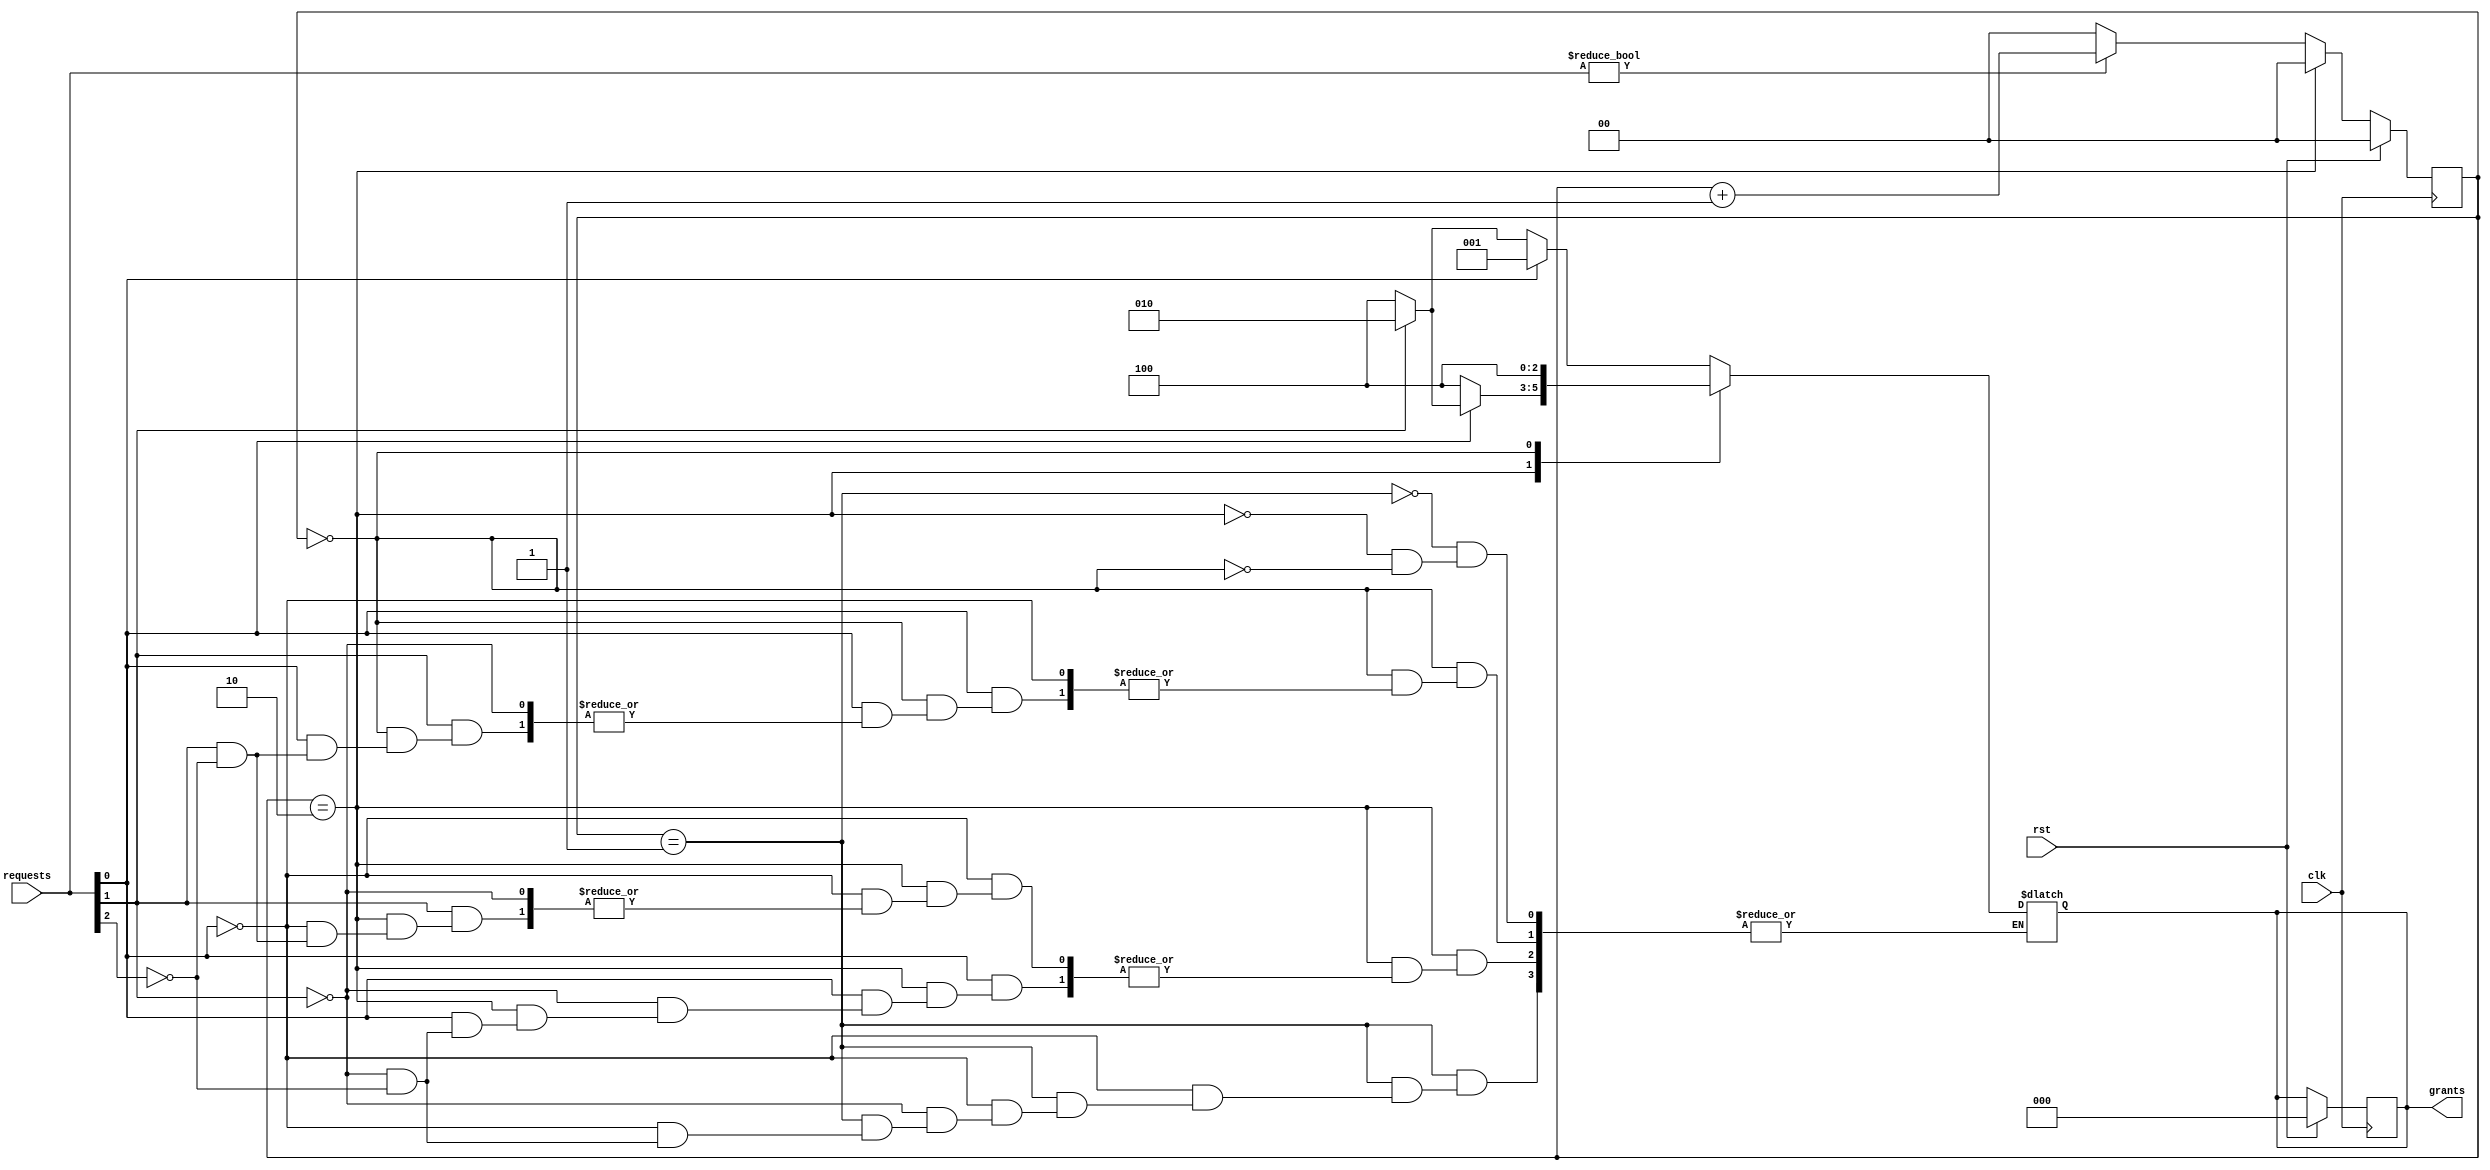
module round_robin_arbiter (
    input clk,
    input rst,
    input [2:0] requests,
    output reg [2:0] grants
);

    reg [1:0] count;

    always @(posedge clk) begin
        if (rst) begin
            grants <= 0;
            count <= 0;
        end
        else begin
            if (count == 2) begin
                count <= 0;
            end
            else begin
                if (requests != 0) begin
                    count <= count + 1;
                end
                else begin
                    count <= 0;
                end
            end
        end
    end

    always @(*) begin
        case (count)
            1: begin
                if (requests[0] == 1) begin
                    grants = 3'b001;
                end
                else if (requests[1] == 1) begin
                    grants = 3'b010;
                end
                else if (requests[2] == 1) begin
                    grants = 3'b100;
                end
            end
            2: begin
                if (requests[0] == 1) begin
                    if (requests[1] == 1) begin
                        grants = 3'b010;
                    end
                    else if (requests[2] == 1) begin
                        grants = 3'b100;
                    end
                end
                else if (requests[1] == 1) begin
                    if (requests[2] == 1) begin
                        grants = 3'b100;
                    end
                end
            end
            0: begin
                if (requests[0] == 1) begin
                    if (requests[1] == 1) begin
                        if (requests[2] == 1) begin
                            grants = 3'b100;
                        end
                    end
                end
            end
            // default: 
        endcase
    end
    
endmodule